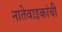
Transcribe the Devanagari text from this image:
नातेवाइकांची